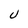
Character: U